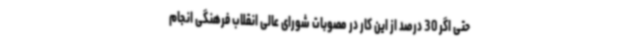
حتی اگر 30 درصد از این کار در مصوبات شورای عالی انقلاب فرهنگی انجام